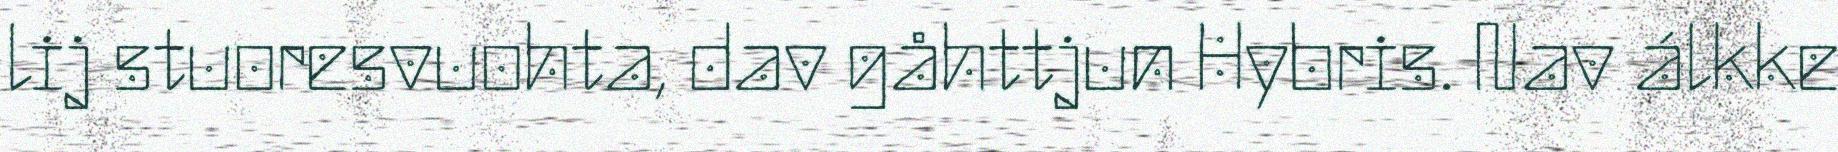
lij stuoresvuohta, dav gåhttjun Hybris. Nav álkke